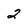
Character: 2